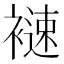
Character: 𧜦